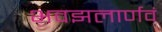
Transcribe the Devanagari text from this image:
भवझलार्णवं